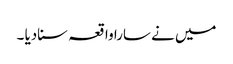
میں نے سارا واقعہ سنادیا ۔